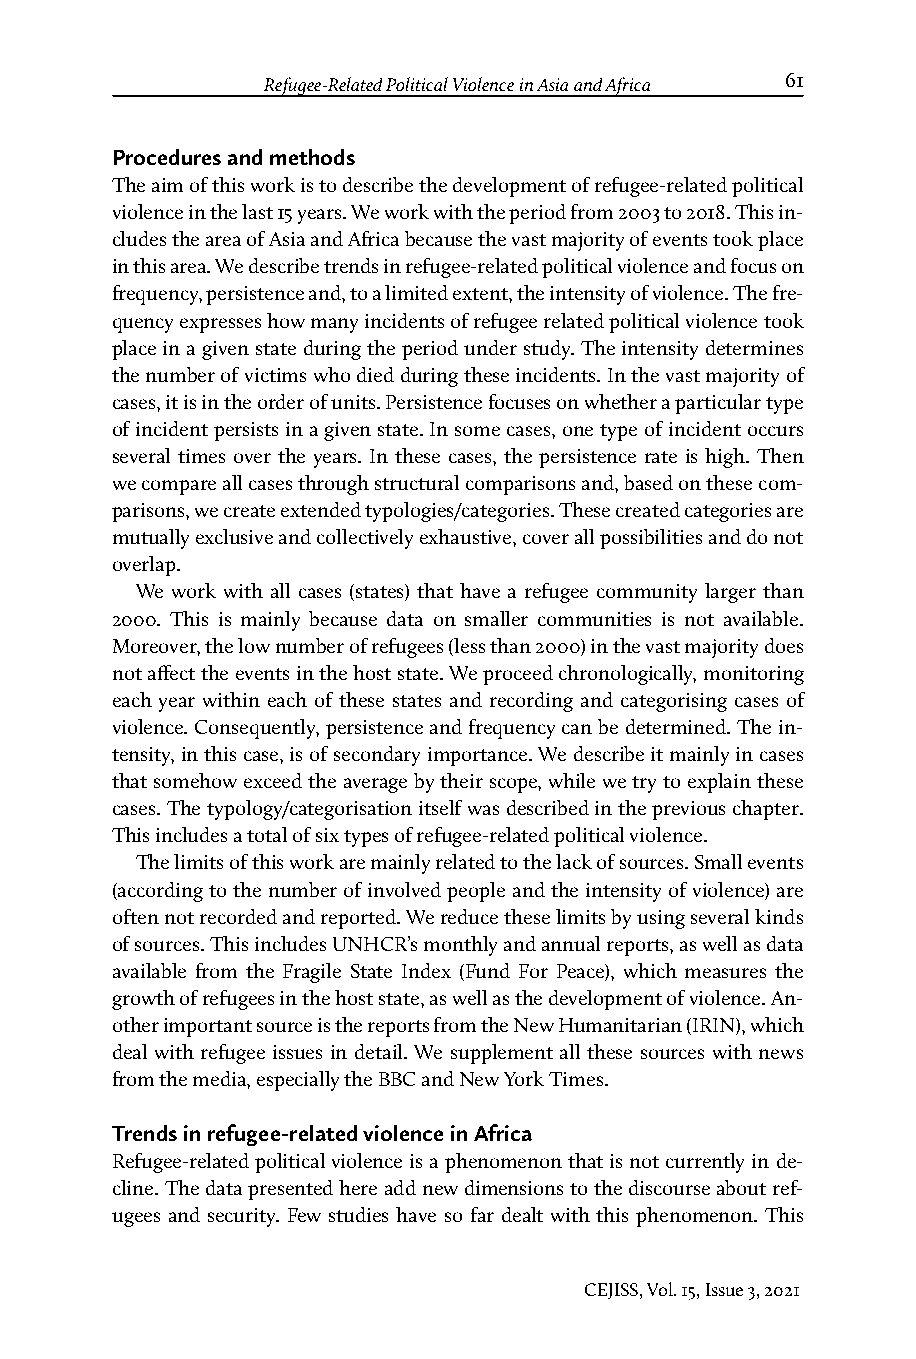
Refugee-Related Political Violence in Asia and Africa 61
 Procedures and methods
 The aim of this work is to describe the development of refugee-related political
 violence in the last 15 years. We work with the period from 2003 to 2018. This in-
 cludes the area of Asia and Africa because the vast majority of events took place
 in this area. We describe trends in refugee-related political violence and focus on
 frequency, persistence and, to a limited extent, the intensity of violence. The fre-
 quency expresses how many incidents of refugee related political violence took
 place in a given state during the period under study. The intensity determines
 the number of victims who died during these incidents. In the vast majority of
 cases, it is in the order of units. Persistence focuses on whether a particular type
 of incident persists in a given state. In some cases, one type of incident occurs
 several times over the years. In these cases, the persistence rate is high. Then
 we compare all cases through structural comparisons and, based on these com-
 parisons, we create extended typologies/categories. These created categories are
 mutually exclusive and collectively exhaustive, cover all possibilities and do not
 overlap.
 We work with all cases (states) that have a refugee community larger than
 2000. This is mainly because data on smaller communities is not available.
 Moreover, the low number of refugees (less than 2000) in the vast majority does
 not affect the events in the host state. We proceed chronologically, monitoring
 each year within each of these states and recording and categorising cases of
 violence. Consequently, persistence and frequency can be determined. The in-
 tensity, in this case, is of secondary importance. We describe it mainly in cases
 that somehow exceed the average by their scope, while we try to explain these
 cases. The typology/categorisation itself was described in the previous chapter.
 This includes a total of six types of refugee-related political violence.
 The limits of this work are mainly related to the lack of sources. Small events
 (according to the number of involved people and the intensity of violence) are
 often not recorded and reported. We reduce these limits by using several kinds
 of sources. This includes UNHCR’s monthly and annual reports, as well as data
 available from the Fragile State Index (Fund For Peace), which measures the
 growth of refugees in the host state, as well as the development of violence. An-
 other important source is the reports from the New Humanitarian (IRIN), which
 deal with refugee issues in detail. We supplement all these sources with news
 from the media, especially the BBC and New York Times.
 Trends in refugee-related violence in Africa
 Refugee-related political violence is a phenomenon that is not currently in de-
 cline. The data presented here add new dimensions to the discourse about ref-
 ugees and security. Few studies have so far dealt with this phenomenon. This
 CEJISS, Vol. 15, Issue 3, 2021